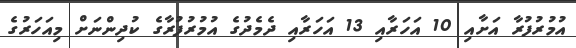
އުމުރުފުރާ އަށާއި 10 އަހަރާއި 13 އަހަރާއި ދެމެދުގެ އުމުރުފުރާގެ ކުދިންނަށް މިއަހަރުގެ